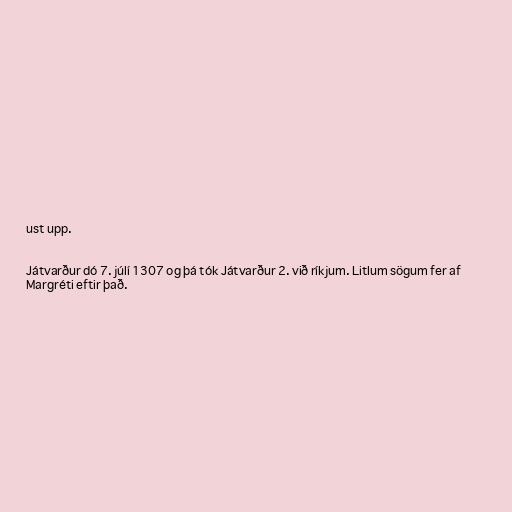
ust upp.

Játvarður dó 7. júlí 1307 og þá tók Játvarður 2. við ríkjum. Litlum sögum fer af
Margréti eftir það.